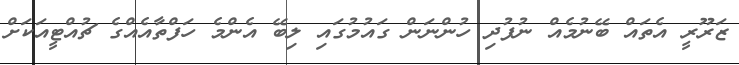
ޒަރޫރީ އެތައް ބޭނުމެއް ނުފުދި ހުންނަން ގައުމުގައި ލިބޭ އެންމެ ހަފްތާއެއްގެ ޗުއްޓީއަކަށް